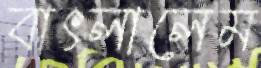
বাৎলালেম